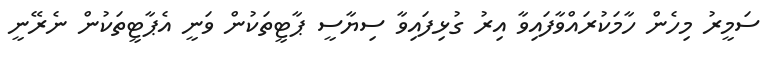
ސަމީރު މިހެން ހާމަކުރައްވާފައިވާ އިރު ގުޅިފައިވާ ސިޔާސީ ޕާޓީތަކުން ވަނީ އެޕާޓީތަކުން ނެރޭނީ